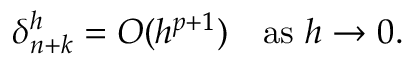
\delta _ { n + k } ^ { h } = O ( h ^ { p + 1 } ) \quad { \mathrm { a s ~ } } h \to 0 .